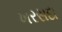
ખરસદા